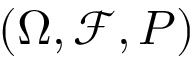
( \Omega , { \mathcal { F } } , P )